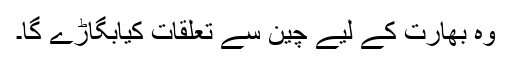
وہ بھارت کے لیے چین سے تعلقات کیابگاڑے گا۔